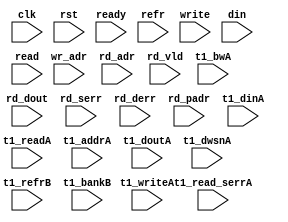
/*
 * Copyright (C) 2011 Memoir Systems Inc. These coded instructions, statements, and computer programs are
 * Confidential Proprietary Information of Memoir Systems Inc. and may not be disclosed to third parties
 * or copied in any form, in whole or in part, without the prior written consent of Memoir Systems Inc.
 * */

module algo_4ror1w_b70_sva_wrap
#(parameter IP_WIDTH = 32, parameter IP_BITWIDTH = 5, parameter IP_DECCBITS = 7, parameter IP_NUMADDR = 8192, parameter IP_BITADDR = 13,
parameter IP_NUMVBNK = 4,	parameter IP_BITVBNK = 2, parameter IP_BITPBNK = 3,
parameter IP_ENAEXT = 0, parameter IP_ENAECC = 0, parameter IP_ENAPAR = 0, parameter IP_SECCBITS = 4, parameter IP_SECCDWIDTH = 3,
parameter FLOPECC = 0, parameter FLOPIN = 0, parameter FLOPOUT = 0, parameter FLOPCMD = 0, parameter FLOPMEM = 0,
parameter IP_REFRESH = 1, parameter IP_REFFREQ = 6,  parameter IP_REFFRHF = 0,

parameter T1_WIDTH = 16, parameter T1_NUMVBNK = 8, parameter T1_BITVBNK = 3, parameter T1_DELAY = 2, parameter T1_NUMVROW = 16384, parameter T1_BITVROW = 14,
parameter T1_BITWSPF = 0, parameter T1_NUMWRDS = 4, parameter T1_BITWRDS = 2, parameter T1_NUMSROW = 4096, parameter T1_BITSROW = 12, parameter T1_PHYWDTH = 64,
parameter T1_NUMRBNK = 2, parameter T1_BITRBNK = 1, parameter T1_NUMRROW = 256, parameter T1_BITRROW = 8, parameter T1_NUMPROW = 4096, parameter T1_BITPROW = 12,
parameter T1_BITDWSN = 8,
parameter T1_NUMDWS0 = 0, parameter T1_NUMDWS1 = 0, parameter T1_NUMDWS2 = 0, parameter T1_NUMDWS3 = 0,
parameter T1_NUMDWS4 = 0, parameter T1_NUMDWS5 = 0, parameter T1_NUMDWS6 = 0, parameter T1_NUMDWS7 = 0,
parameter T1_NUMDWS8 = 0, parameter T1_NUMDWS9 = 0, parameter T1_NUMDWS10 = 0, parameter T1_NUMDWS11 = 0,
parameter T1_NUMDWS12 = 0, parameter T1_NUMDWS13 = 0, parameter T1_NUMDWS14 = 0, parameter T1_NUMDWS15 = 0
)
( clk,  rst,  ready,  refr,
 write, wr_adr, din,
 read, rd_adr, rd_dout, rd_vld, rd_serr, rd_derr, rd_padr,
 t1_readA, t1_writeA, t1_addrA, t1_dinA, t1_bwA, t1_doutA, t1_read_serrA, t1_dwsnA, t1_refrB, t1_bankB);

  parameter WIDTH = IP_WIDTH;
  parameter BITWDTH = IP_BITWIDTH;
  parameter ECCWDTH = IP_DECCBITS;
  parameter ENAEXT = IP_ENAEXT;
  parameter ENAPAR = IP_ENAPAR;
  parameter ENAECC = IP_ENAECC;
  parameter NUMADDR = IP_NUMADDR;
  parameter BITADDR = IP_BITADDR;
  parameter NUMVROW = T1_NUMVROW;   // ALGO Parameters
  parameter BITVROW = T1_BITVROW;
  parameter NUMVBNK = IP_NUMVBNK;
  parameter BITVBNK = IP_BITVBNK;
  parameter NUMWRDS = T1_NUMWRDS;      // ALIGN Parameters
  parameter BITWRDS = T1_BITWRDS;
  parameter NUMSROW = T1_NUMSROW;
  parameter BITSROW = T1_BITSROW;
  parameter REFRESH = IP_REFRESH;      // REFRESH Parameters
  parameter NUMRBNK = T1_NUMRBNK;
  parameter BITWSPF = T1_BITWSPF;
  parameter BITRBNK = T1_BITRBNK;
  parameter NUMRROW = T1_NUMRROW;
  parameter BITRROW = T1_BITRROW;
  parameter REFFREQ = IP_REFFREQ;
  parameter REFFRHF = IP_REFFRHF;

  parameter SRAM_DELAY = T1_DELAY;
  parameter PHYWDTH = T1_PHYWDTH;

  parameter BITDWSN = T1_BITDWSN;		//DWSN Parameters
  parameter NUMDWS0 = T1_NUMDWS0;
  parameter NUMDWS1 = T1_NUMDWS1;
  parameter NUMDWS2 = T1_NUMDWS2;
  parameter NUMDWS3 = T1_NUMDWS3;
  parameter NUMDWS4 = T1_NUMDWS4;
  parameter NUMDWS5 = T1_NUMDWS5;
  parameter NUMDWS6 = T1_NUMDWS6;
  parameter NUMDWS7 = T1_NUMDWS7;
  parameter NUMDWS8 = T1_NUMDWS8;
  parameter NUMDWS9 = T1_NUMDWS9;
  parameter NUMDWS10 = T1_NUMDWS10;
  parameter NUMDWS11 = T1_NUMDWS11;
  parameter NUMDWS12 = T1_NUMDWS12;
  parameter NUMDWS13 = T1_NUMDWS13;
  parameter NUMDWS14 = T1_NUMDWS14;
  parameter NUMDWS15 = T1_NUMDWS15;

  parameter NUMRDPT = 4;
  parameter BITPADR = BITVBNK+BITSROW+BITWRDS+1;

  input                          refr;

  input                          write;
  input [BITADDR-1:0]            wr_adr;
  input [WIDTH-1:0]              din;

  input [NUMRDPT-1:0]            read;
  input [NUMRDPT*BITADDR-1:0]    rd_adr;
  input [NUMRDPT-1:0]           rd_vld;
  input [NUMRDPT*WIDTH-1:0]     rd_dout;
  input [NUMRDPT-1:0]           rd_serr;
  input [NUMRDPT-1:0]           rd_derr;
  input [NUMRDPT*BITPADR-1:0]   rd_padr;

  input                         ready;
  input                          clk, rst;

  input [NUMRDPT*NUMVBNK-1:0] t1_readA;
  input [NUMRDPT*NUMVBNK-1:0] t1_writeA;
  input [NUMRDPT*NUMVBNK*BITSROW-1:0] t1_addrA;
  input [NUMRDPT*NUMVBNK*PHYWDTH-1:0] t1_bwA;
  input [NUMRDPT*NUMVBNK*PHYWDTH-1:0] t1_dinA;
  input  [NUMRDPT*NUMVBNK*PHYWDTH-1:0] t1_doutA;
  input [NUMRDPT*NUMVBNK*BITDWSN-1:0] t1_dwsnA;
  input  [NUMRDPT*NUMVBNK-1:0] t1_read_serrA;

  input [NUMRDPT*NUMVBNK-1:0] t1_refrB;
  input [NUMRDPT*NUMVBNK*BITRBNK-1:0] t1_bankB;


endmodule    //algo_4ror1w_b70_sva_wrap